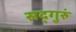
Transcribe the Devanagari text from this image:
सद्‌गुरुं